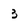
Character: 3